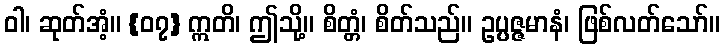
ဝါ၊ ဆုတ်အံ့။ {၀၇} ဣတိ၊ ဤသို့။ စိတ္တံ၊ စိတ်သည်။ ဥပ္ပဇ္ဇမာနံ၊ ဖြစ်လတ်သော်။